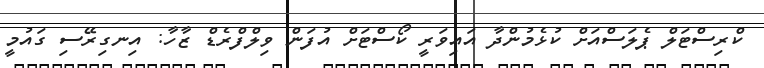
ކްރިސްޓަލް ޕެލަސްއަށް ކުޅެމުންދާ އައިވަރީ ކޯސްޓަށް އުފަން ވިލްފްރެޑް ޒާހާ: އިނގިރޭސި ގައުމީ